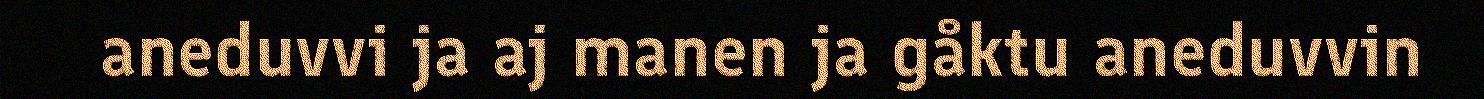
aneduvvi ja aj manen ja gåktu aneduvvin